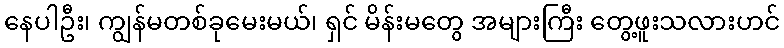
နေပါဦး၊ ကျွန်မတစ်ခုမေးမယ်၊ ရှင် မိန်းမတွေ အများကြီး တွေ့ဖူးသလားဟင်